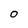
Character: O